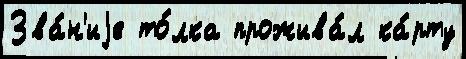
Зва́н'иjе то́лка прожива́л ка́рту